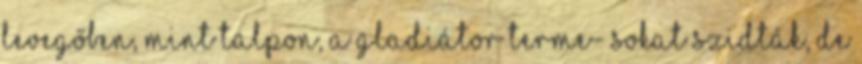
levegőben, mint talpon, a gladiátor terme- Sokat szidták, de